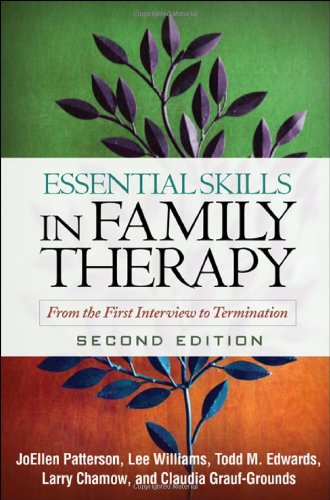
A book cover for Essential Skills in Family Therapy: From the First Interview to Termination, 2nd Edition; JoEllen Patterson; Christian Books & Bibles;